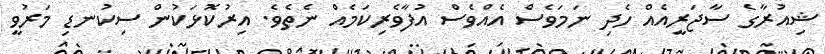
ޝިއުރާގެ ސާޖަރީއެއް ހެދި ނަމަވެސް އެއްވެސް އުފާވެރިކަމެއް ނެތެވެ. އިރުކޮޅަކުން ސިކުނޑި މަރުވީ